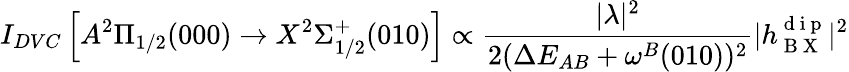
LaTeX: I_{DVC}\left[A^{2}\Pi_{1/2}(000)\rightarrow X^{2}\Sigma_{1/2}^{+}(010)\right]\propto\frac{|\lambda|^{2}}{2(\Delta E_{AB}+\omega^{B}(010))^{2}}|h_{\mathrm{~B~X~}}^{\mathrm{~d~i~p~}}|^{2}